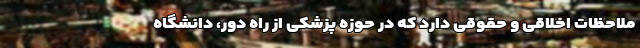
ملاحظات اخلاقی و حقوقی دارد که در حوزه پزشکی از راه دور، دانشگاه